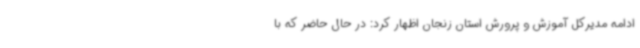
ادامه مدیرکل آموزش و پرورش استان زنجان اظهار کرد: در حال حاضر که با